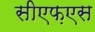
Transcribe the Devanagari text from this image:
सीएफ़एस